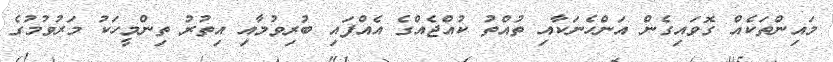
މައިންތަކެއް ގޮވައިގެން އަންހެނަކާއި ތުއްތު ކުއްޖެއްގެ އެއްފައި ބުރިވުމާއި އިތުރު ތިންމީހަކު މަރުވުމުގެ